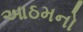
આઠમનો